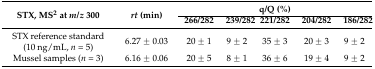
<table><thead><tr><td rowspan="2"><b>STX, MS<sup>2</sup> at <i>m/z</i> 300</b></td><td rowspan="2"><b><i>rt</i> (min)</b></td><td colspan="5"><b>q/Q (%)</b></td></tr><tr><td><b>266/282</b></td><td><b>239/282</b></td><td><b>221/282</b></td><td><b>204/282</b></td><td><b>186/282</b></td></tr></thead><tbody><tr><td>STX reference standard (10 ng/mL, <i>n</i> = 5)</td><td>6.27 ± 0.03</td><td>20 ± 1</td><td>9 ± 2</td><td>35 ± 3</td><td>20 ± 3</td><td>9 ± 2</td></tr><tr><td>Mussel samples (<i>n</i> = 3)</td><td>6.16 ± 0.06</td><td>20 ± 5</td><td>8 ± 1</td><td>36 ± 6</td><td>19 ± 4</td><td>9 ± 2</td></tr></tbody></table>